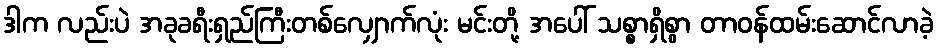
ဒါက လည်းပဲ အခုခရီးရှည်ကြီးတစ်လျှောက်လုံး မင်းတို့ အပေါ် သစ္စာရှိစွာ တာဝန်ထမ်းဆောင်လာခဲ့